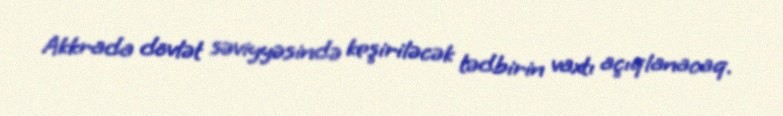
Akkrada dövlət səviyyəsində keşiriləcək tədbirin vaxtı açıqlanacaq.